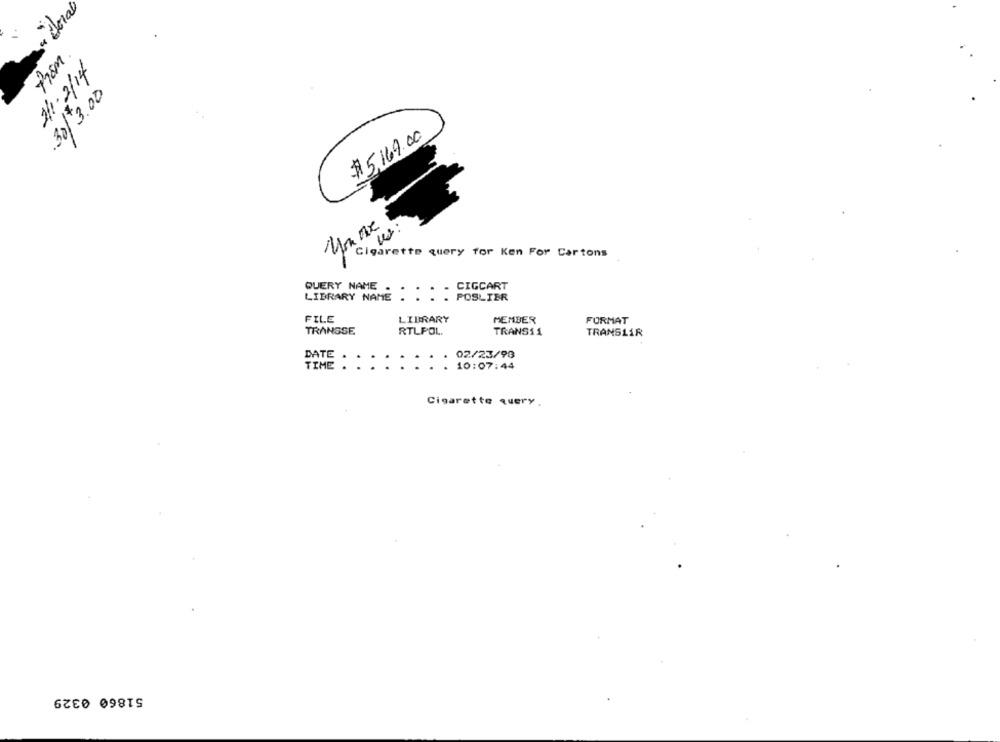
" Coral
THEM .
2/1/2/14
.30/3.00
$5,169.00
you ne
Cigarette query for Ken For Cartons
QUERY NAME
CIGCART
LIBRARY NAME
POSLIER
FILE
LIBRARY
MEMBER
FORMAT
TRANSSE
RTLPOL.
TRANS11
TRANSLIR
DATE
02/23/93
TIME
. 10:07:44
Cigarette query.
51860 0329